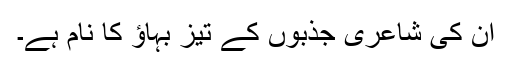
ان کی شاعری جذبوں کے تیز بہاؤ کا نام ہے۔